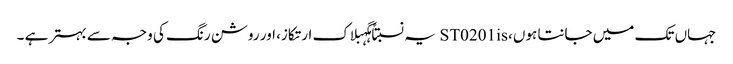
جہاں تک میں جانتا ہوں، ST0201is یہ نسبتاً ہگہبلاک ارتکاز، اور روشن رنگ کی وجہ سے بہتر ہے ۔